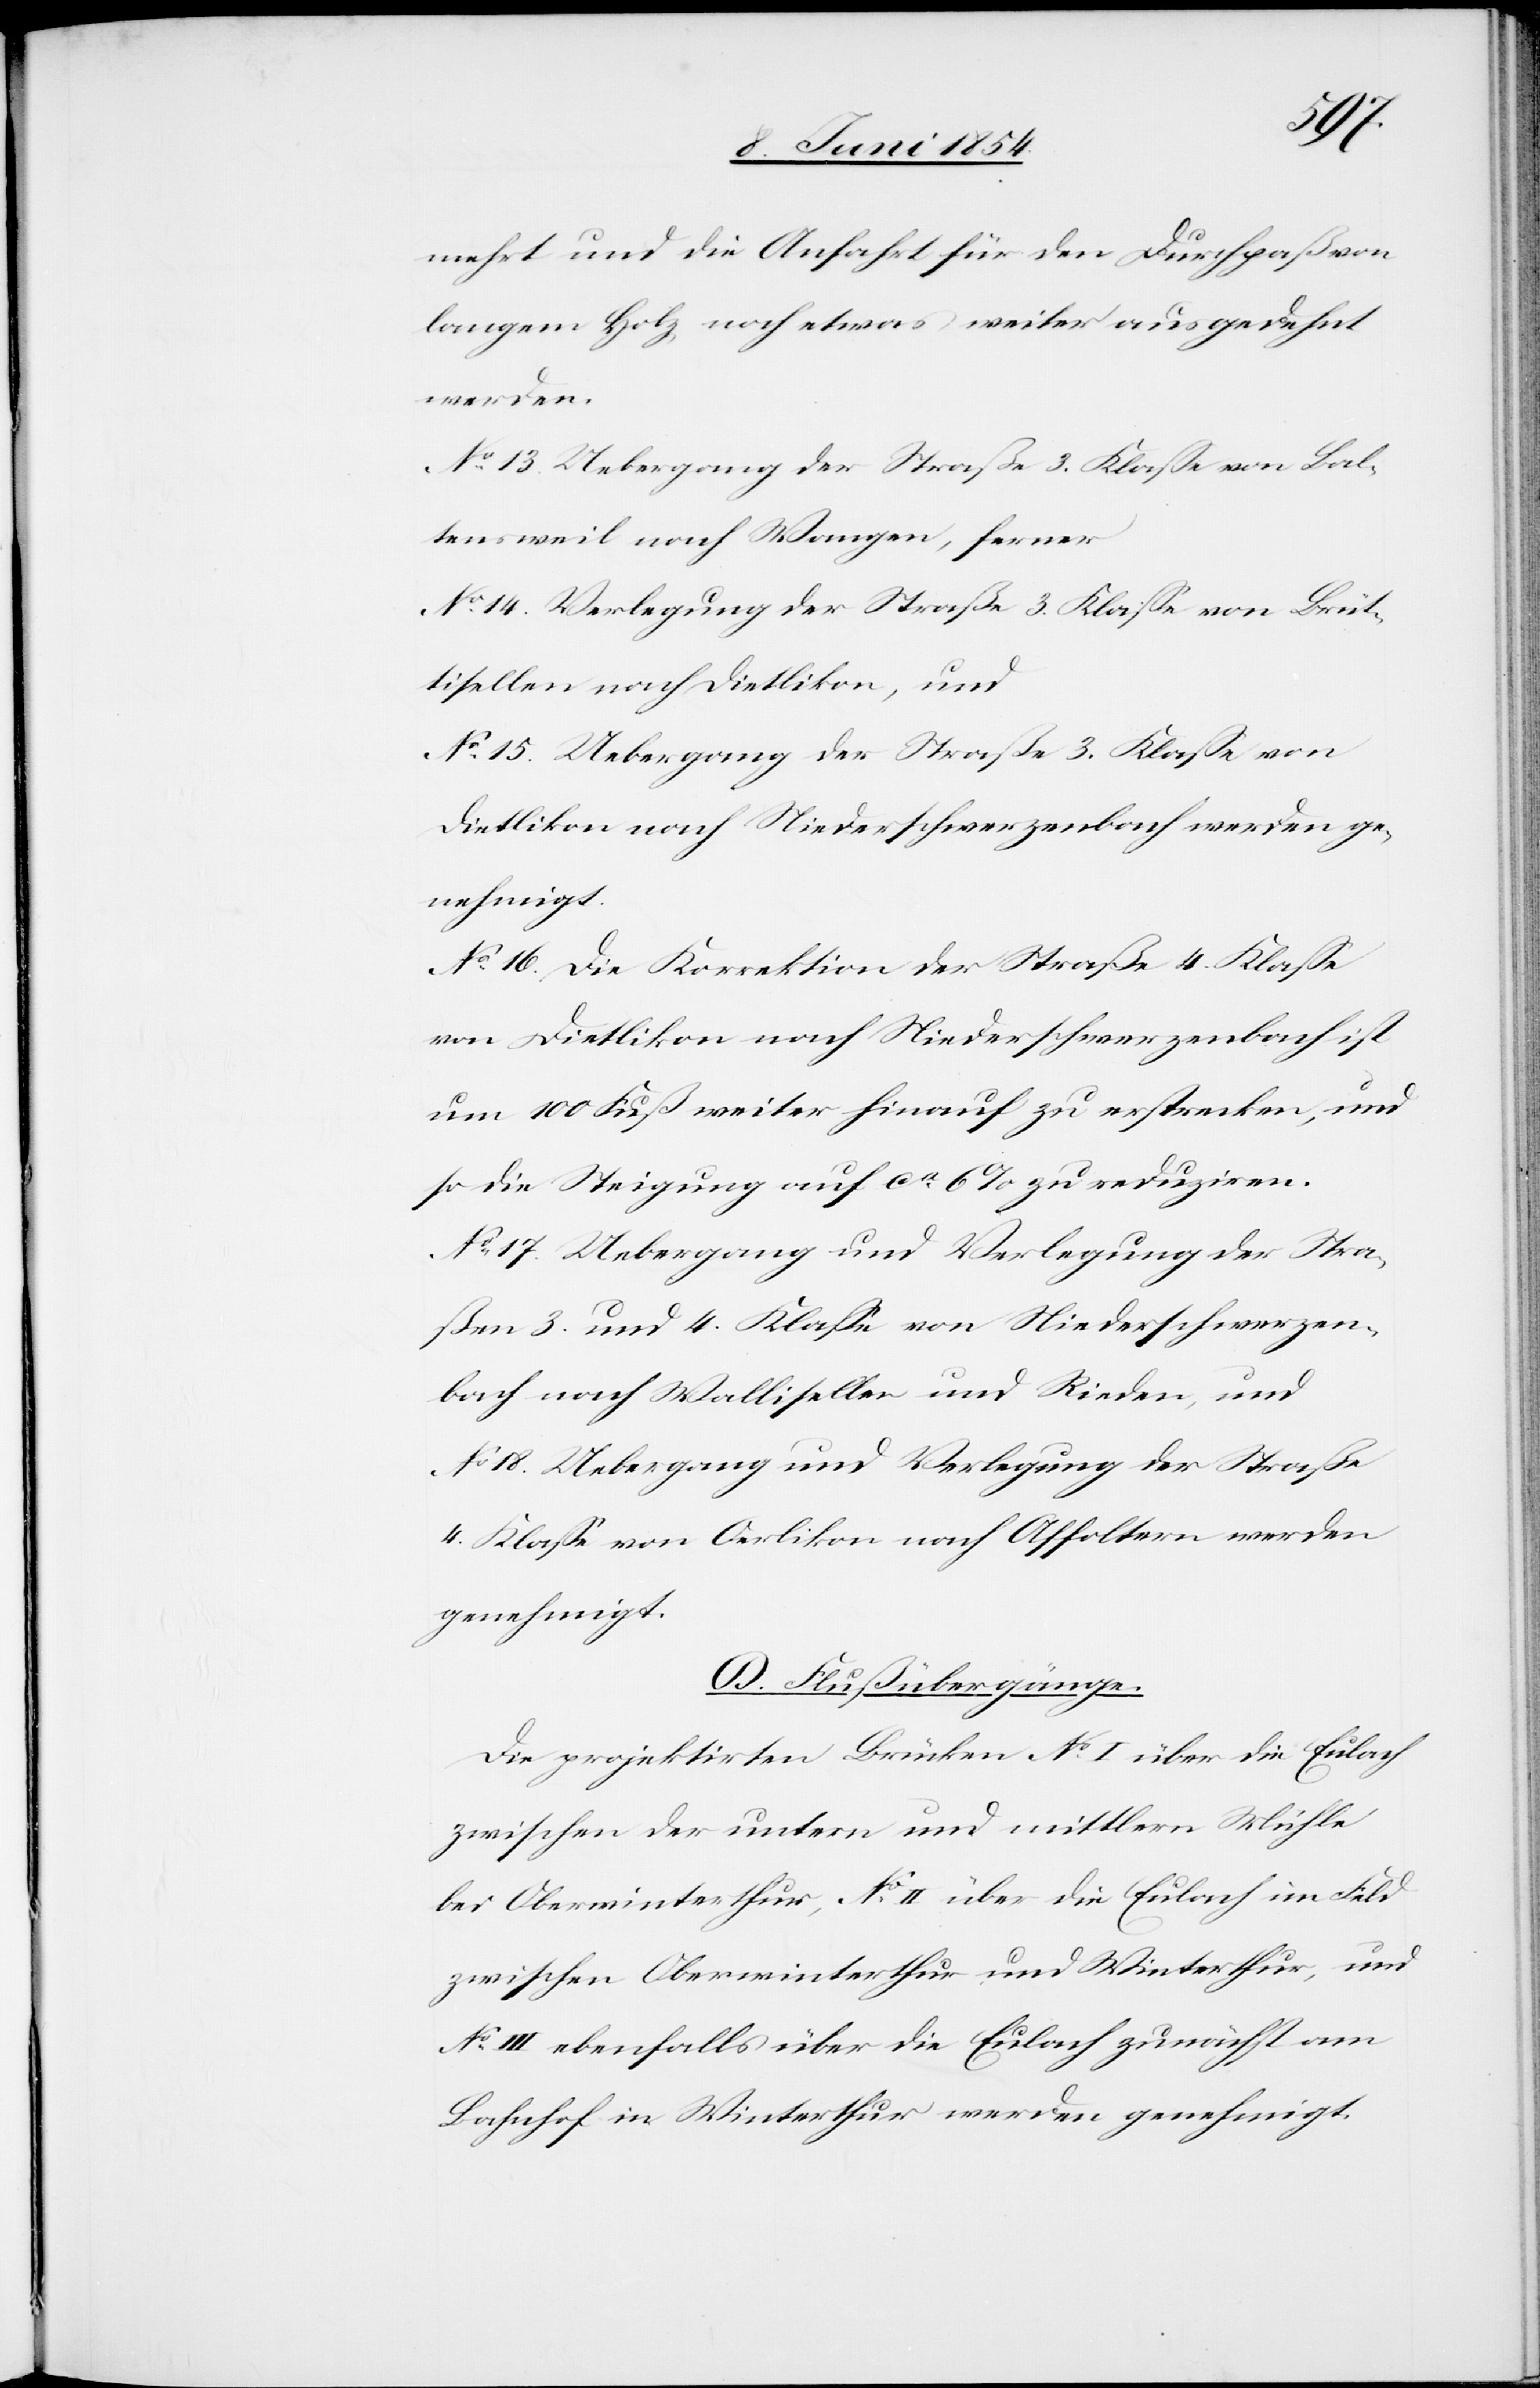
mehrt und die Anfahrt für den Durchpaß von
langem Holz noch etwas weiter ausgedehnt
werden.
No 13. Uebergang der Straße 3. Klaße von Bal¬
tensweil nach Wangen, ferner
No 14. Verlegung der Straße 3. Klaße von Brüt¬
tisellen nach Dietlikon, und
No 15. Uebergang der Straße 3. Klaße von
Dietlikon nach Niederschwerzenbach werden ge¬
nehmigt.
No 16. Die Korrektion der Straße 4. Klaße
von Dietlikon nach Niederschwerzenbach ist
um 100 Fuß weiter hinauf zu erstrecken, und
so die Steigung auf ca 6 % zu reduziren.
No 17. Uebergang und Verlegung der Stra¬
ßen 3. und 4. Klaße von Niederschwerzen¬
bach nach Wallisellen und Rieden, und
No 18. Uebergang und Verlegung der Straße
4. Klaße von Oerlikon nach Affoltern werden
genehmigt.
D. Flußübergänge.
Die projektirten Brücken No I über die Eulach
zwischen der untern und mittlern Mühle
bei Oberwinterthur, No II über die Eulach im Feld
zwischen Oberwinterthur und Winterthur, und
No III ebenfalls über die Eulach zunächst am
Bahnhof in Winterthur werden genehmigt.